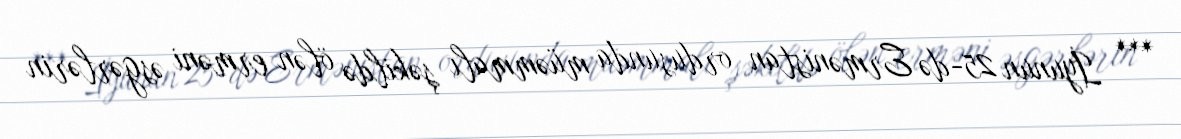
*** İyunun 25-də Ermənistan ordusunda müəmmalı şəkildə ölən erməni əsgərlərin